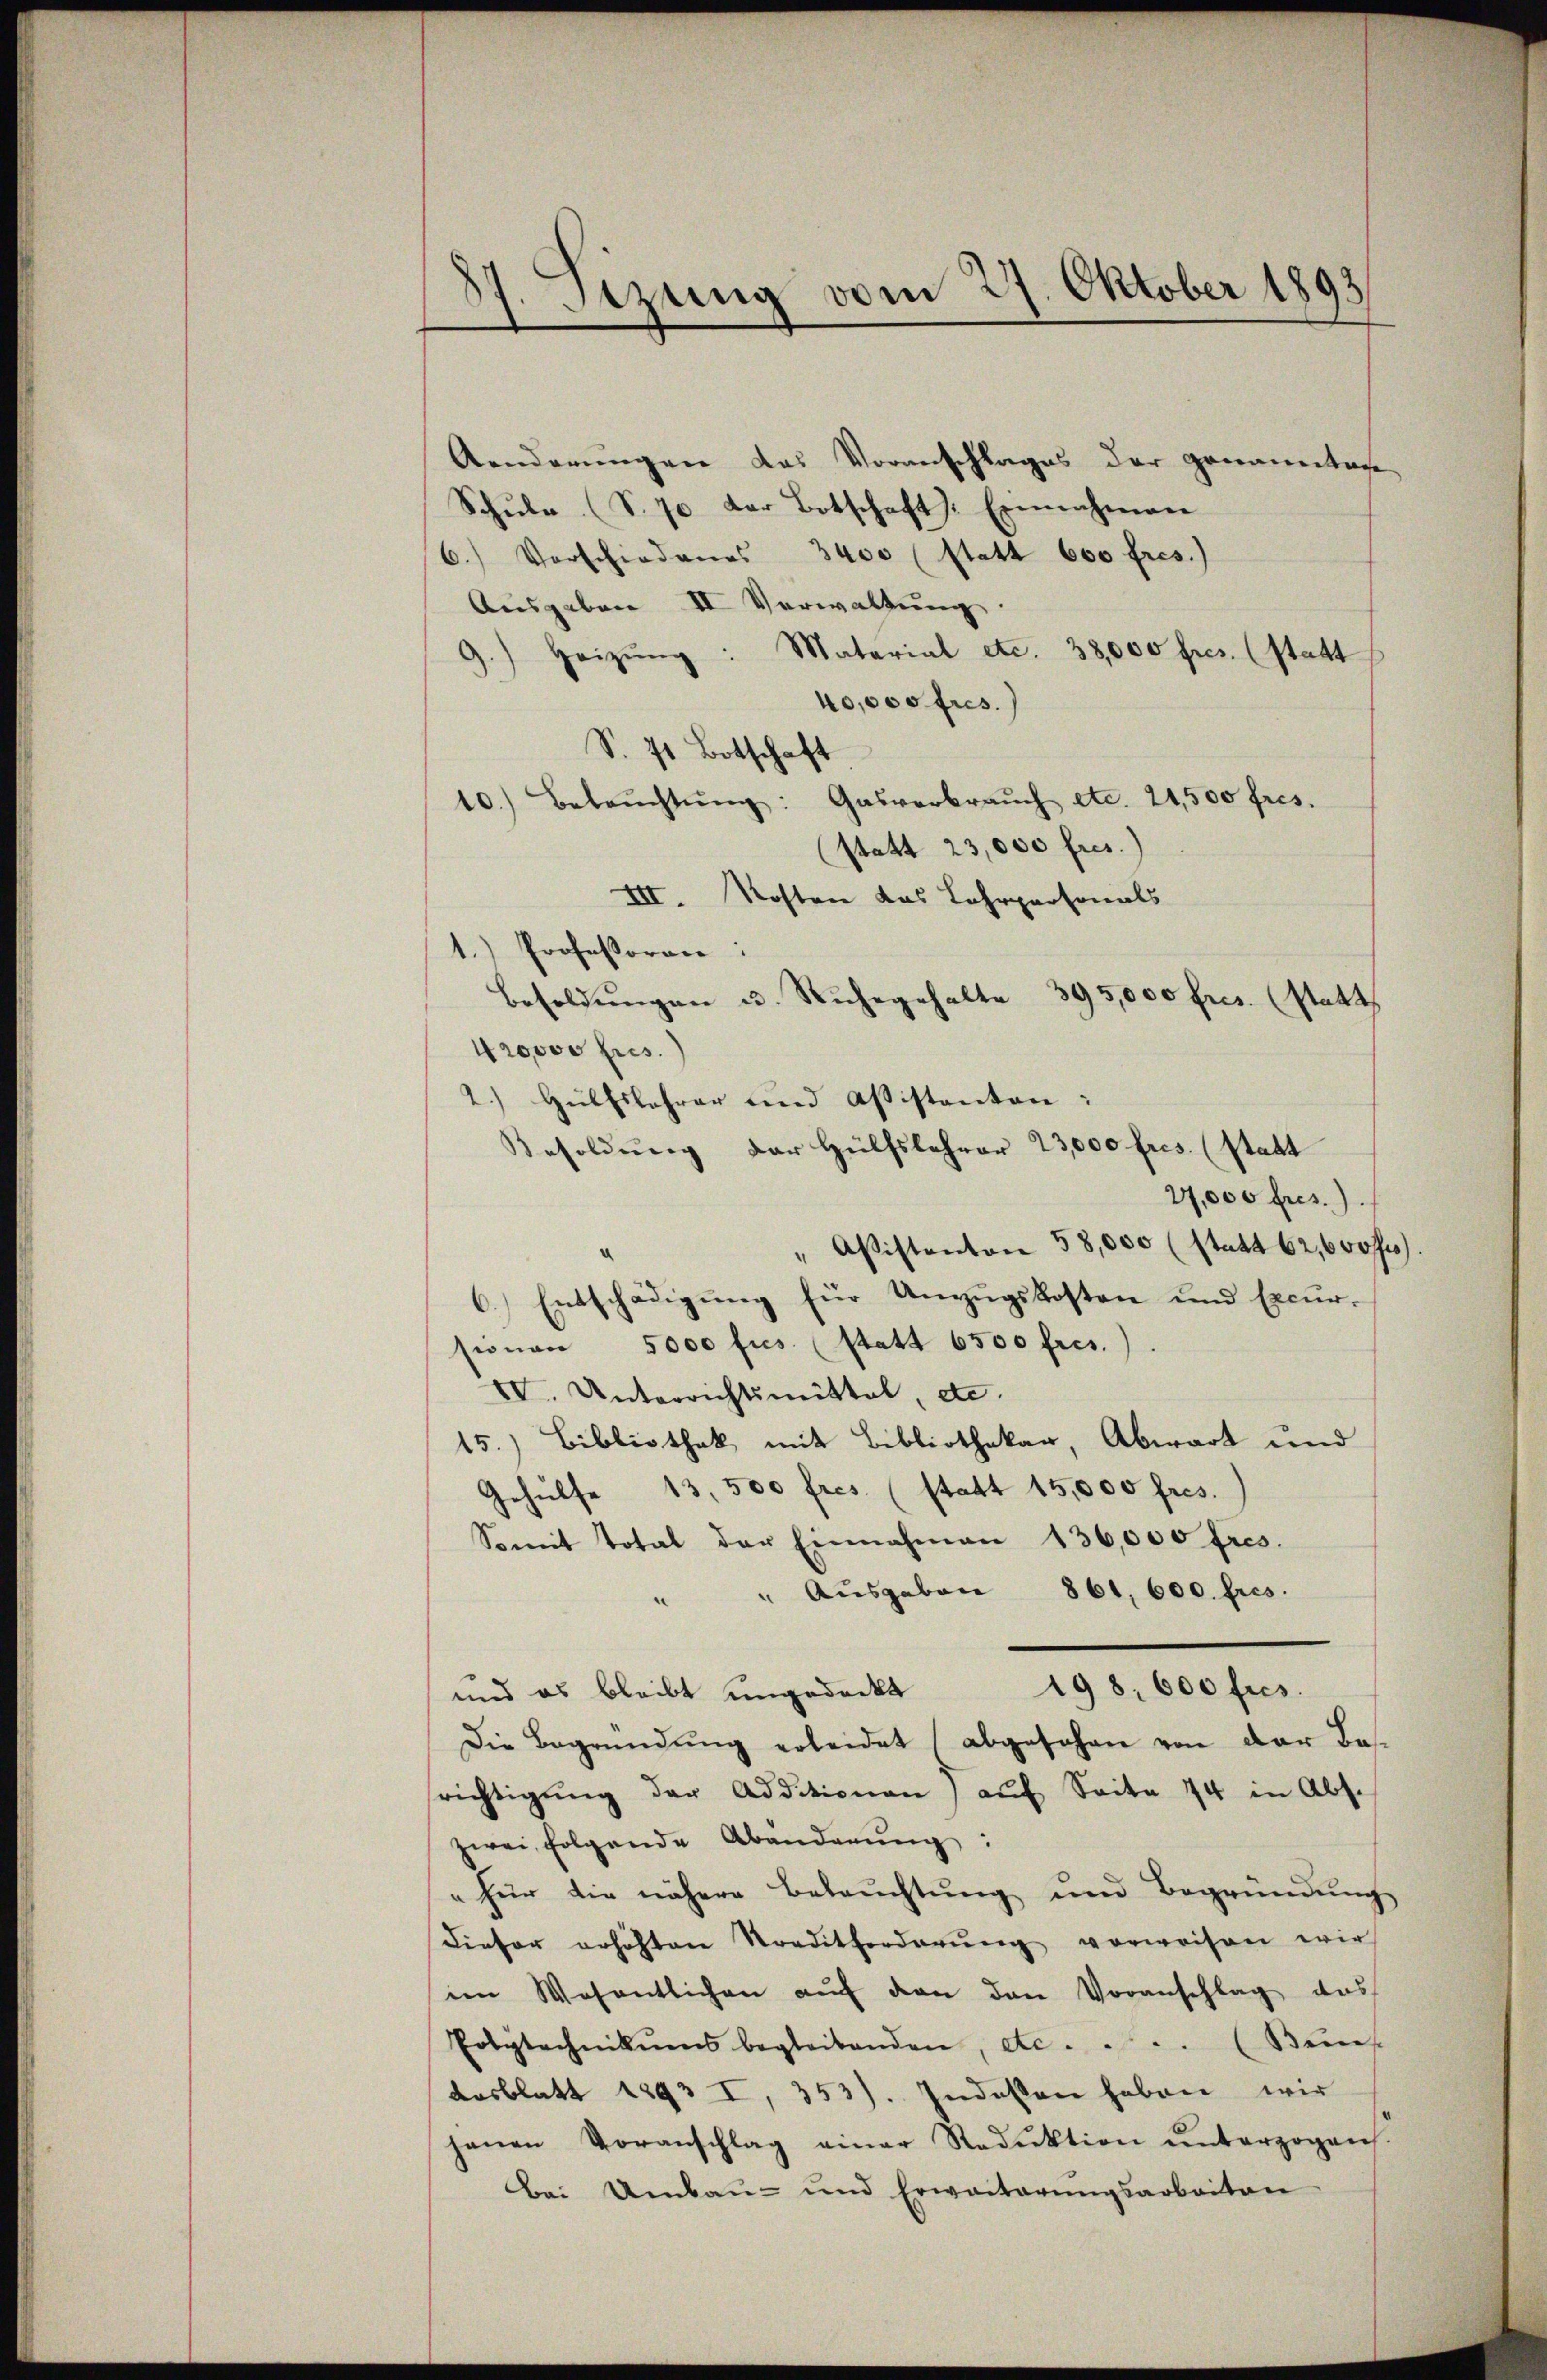
sezung vom 27. Oktober 1893
¬

Aenderungen das Voranschlages der genauertage
Schŭle (S. 70 der Botschaft). Einnahmen
6.) Vorschiedenes 3400 (statt 600 fres.)
Ausgaben II Verwaltung
Heizŭng: Material etc. 38,000 fres. (statt
40,000 frs.)
S. 71 Botschaft
10.) Beleŭchtŭng: Gasverbraŭch etc. 21,500 fres.
(statt 23,000 fres.)
III. Kosten das Lehrpersonals
1.) Professoren:
Besoldŭngen u. Ruhegehalte 395,000 fres. (statt
40000 frs.
Hülfslehrer und Assistanten:
Besoldŭng der Hülfslehrer 23,000 fres. (statt
27,000 fres.).
" Aßistenton 58,000 (statt 62, 600 ff.
6.) Entschädigung für Unzugskosten und Excursionen 5000 frs. (statt 6500 fres.)
VV. Unterrichtsmittel, etc.
15.) Bibliothek mit Bibliothekar, Abwart und
Gehülfe 13,500 fres. (statt 15,000 fres.
Somit Total der Einnahmen 136,000 fres.
" Aŭsgaben 861. 600. fres.
198. 600 frs.
und es bleibt ungedeckt
Die Begründŭng erleidet abgesehen von der Be-
richtigŭng der Additionen auf Seite 74 in Abs.
zwei folgende Abänderung:
" für die nähere Beleŭchtŭng und Begründŭng
dieser erhöhten Traditforderŭng vorweisen wir
im Wesentlichen aŭf den den Voranschlag das
Polytechnikums begleitenden, etc. . . . (Buns
Aasblatt 1893 I, 353). Indesten haben wir
hanen Voranschlag einer Reduktion ŭnterzogen
Bei Umbau und Erweiterŭngsarbeiten